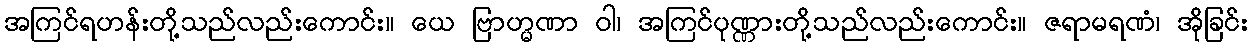
အကြင်ရဟန်းတို့သည်လည်းကောင်း။ ယေ ဗြာဟ္မဏာ ဝါ၊ အကြင်ပုဏ္ဏားတို့သည်လည်းကောင်း။ ဇရာမရဏံ၊ အိုခြင်း